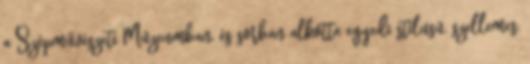
a Szépművészeti Múzeumban, és sorban alkotta egyedi stílusú, szellemes,